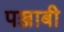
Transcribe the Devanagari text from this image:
पञ्जाबी